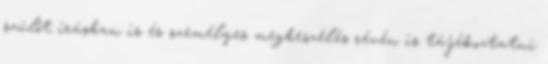
szülőt írásban is és személyes megbeszélés révén is tájékoztatni